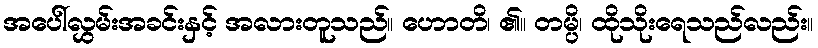
အပေါ်လွှမ်းအခင်းနှင့် အလားတူသည်။ ဟောတိ၊ ၏။ တမ္ပိ၊ ထိုသိုးရေသည်လည်း။